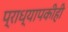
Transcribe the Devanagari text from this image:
प्राध्यापकीही